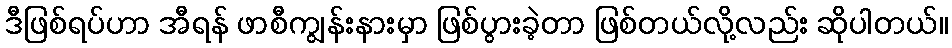
ဒီဖြစ်ရပ်ဟာ အီရန် ဖာစီကျွန်းနားမှာ ဖြစ်ပွားခဲ့တာ ဖြစ်တယ်လို့လည်း ဆိုပါတယ်။